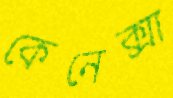
কেনেক্সা